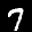
Label: 7